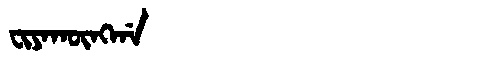
Manchu: ᠸᡳᠶᠠᡴᡡᠩᡤᠠ
Romanization: FIYAKŪNGGA